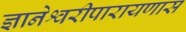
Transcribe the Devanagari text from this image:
ज्ञानेश्वरीपारायणास